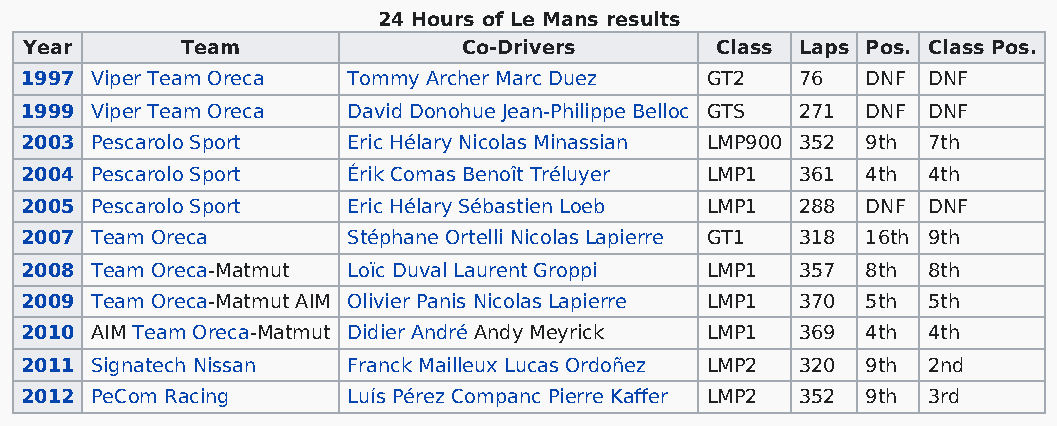
24 Hours of Le Mans results
 Year      Team               Co-Drivers      Class Laps Pos. Class Pos.
 1997 Viper Team Oreca Tommy Archer Marc Duez  GT2   76  DNF DNF
 1999 Viper Team Oreca David Donohue Jean-Philippe Belloc GTS 271 DNF DNF
 2003 Pescarolo Sport  Eric Hélary Nicolas Minassian LMP900 352 9th 7th
 2004 Pescarolo Sport  Érik Comas Benoît Tréluyer LMP1 361 4th 4th
 2005 Pescarolo Sport  Eric Hélary Sébastien Loeb LMP1 288 DNF DNF
 2007 Team Oreca       Stéphane Ortelli Nicolas Lapierre GT1 318 16th 9th
 2008 Team Oreca-Matmut Loïc Duval Laurent Groppi LMP1 357 8th 8th
 2009 Team Oreca-Matmut AIM Olivier Panis Nicolas Lapierre LMP1 370 5th 5th
 2010 AIM Team Oreca-Matmut Didier André Andy Meyrick LMP1 369 4th 4th
 2011 Signatech Nissan Franck Mailleux Lucas Ordoñez LMP2 320 9th 2nd
 2012 PeCom Racing     Luís Pérez Companc Pierre Kaffer LMP2 352 9th 3rd